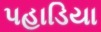
પહાડિયા